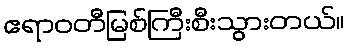
ဧရာဝတီမြစ်ကြီးစီးသွားတယ်။